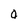
Character: O